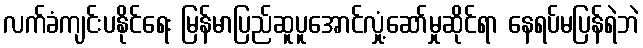
လက်ခံကျင်းပနိုင်ရေး မြန်မာပြည်ဆူပူအောင်လှုံ့ဆော်မှုဆိုင်ရာ နေရပ်မပြန်ရဲဘဲ